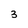
Character: 3